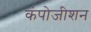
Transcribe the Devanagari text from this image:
कंपोजीशन